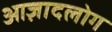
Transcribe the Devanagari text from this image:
आज़ादलोग